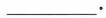
___。